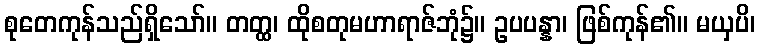
စုတေကုန်သည်ရှိသော်။ တတ္ထ၊ ထိုစတုမဟာရာဇ်ဘုံ၌။ ဥပပန္နာ၊ ဖြစ်ကုန်၏။ မယှပိ၊